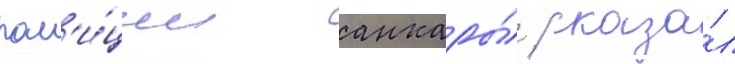
пол'и́ции анкары́ / сказа́л